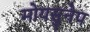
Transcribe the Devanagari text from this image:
मोयसुनेप